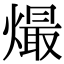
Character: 熶